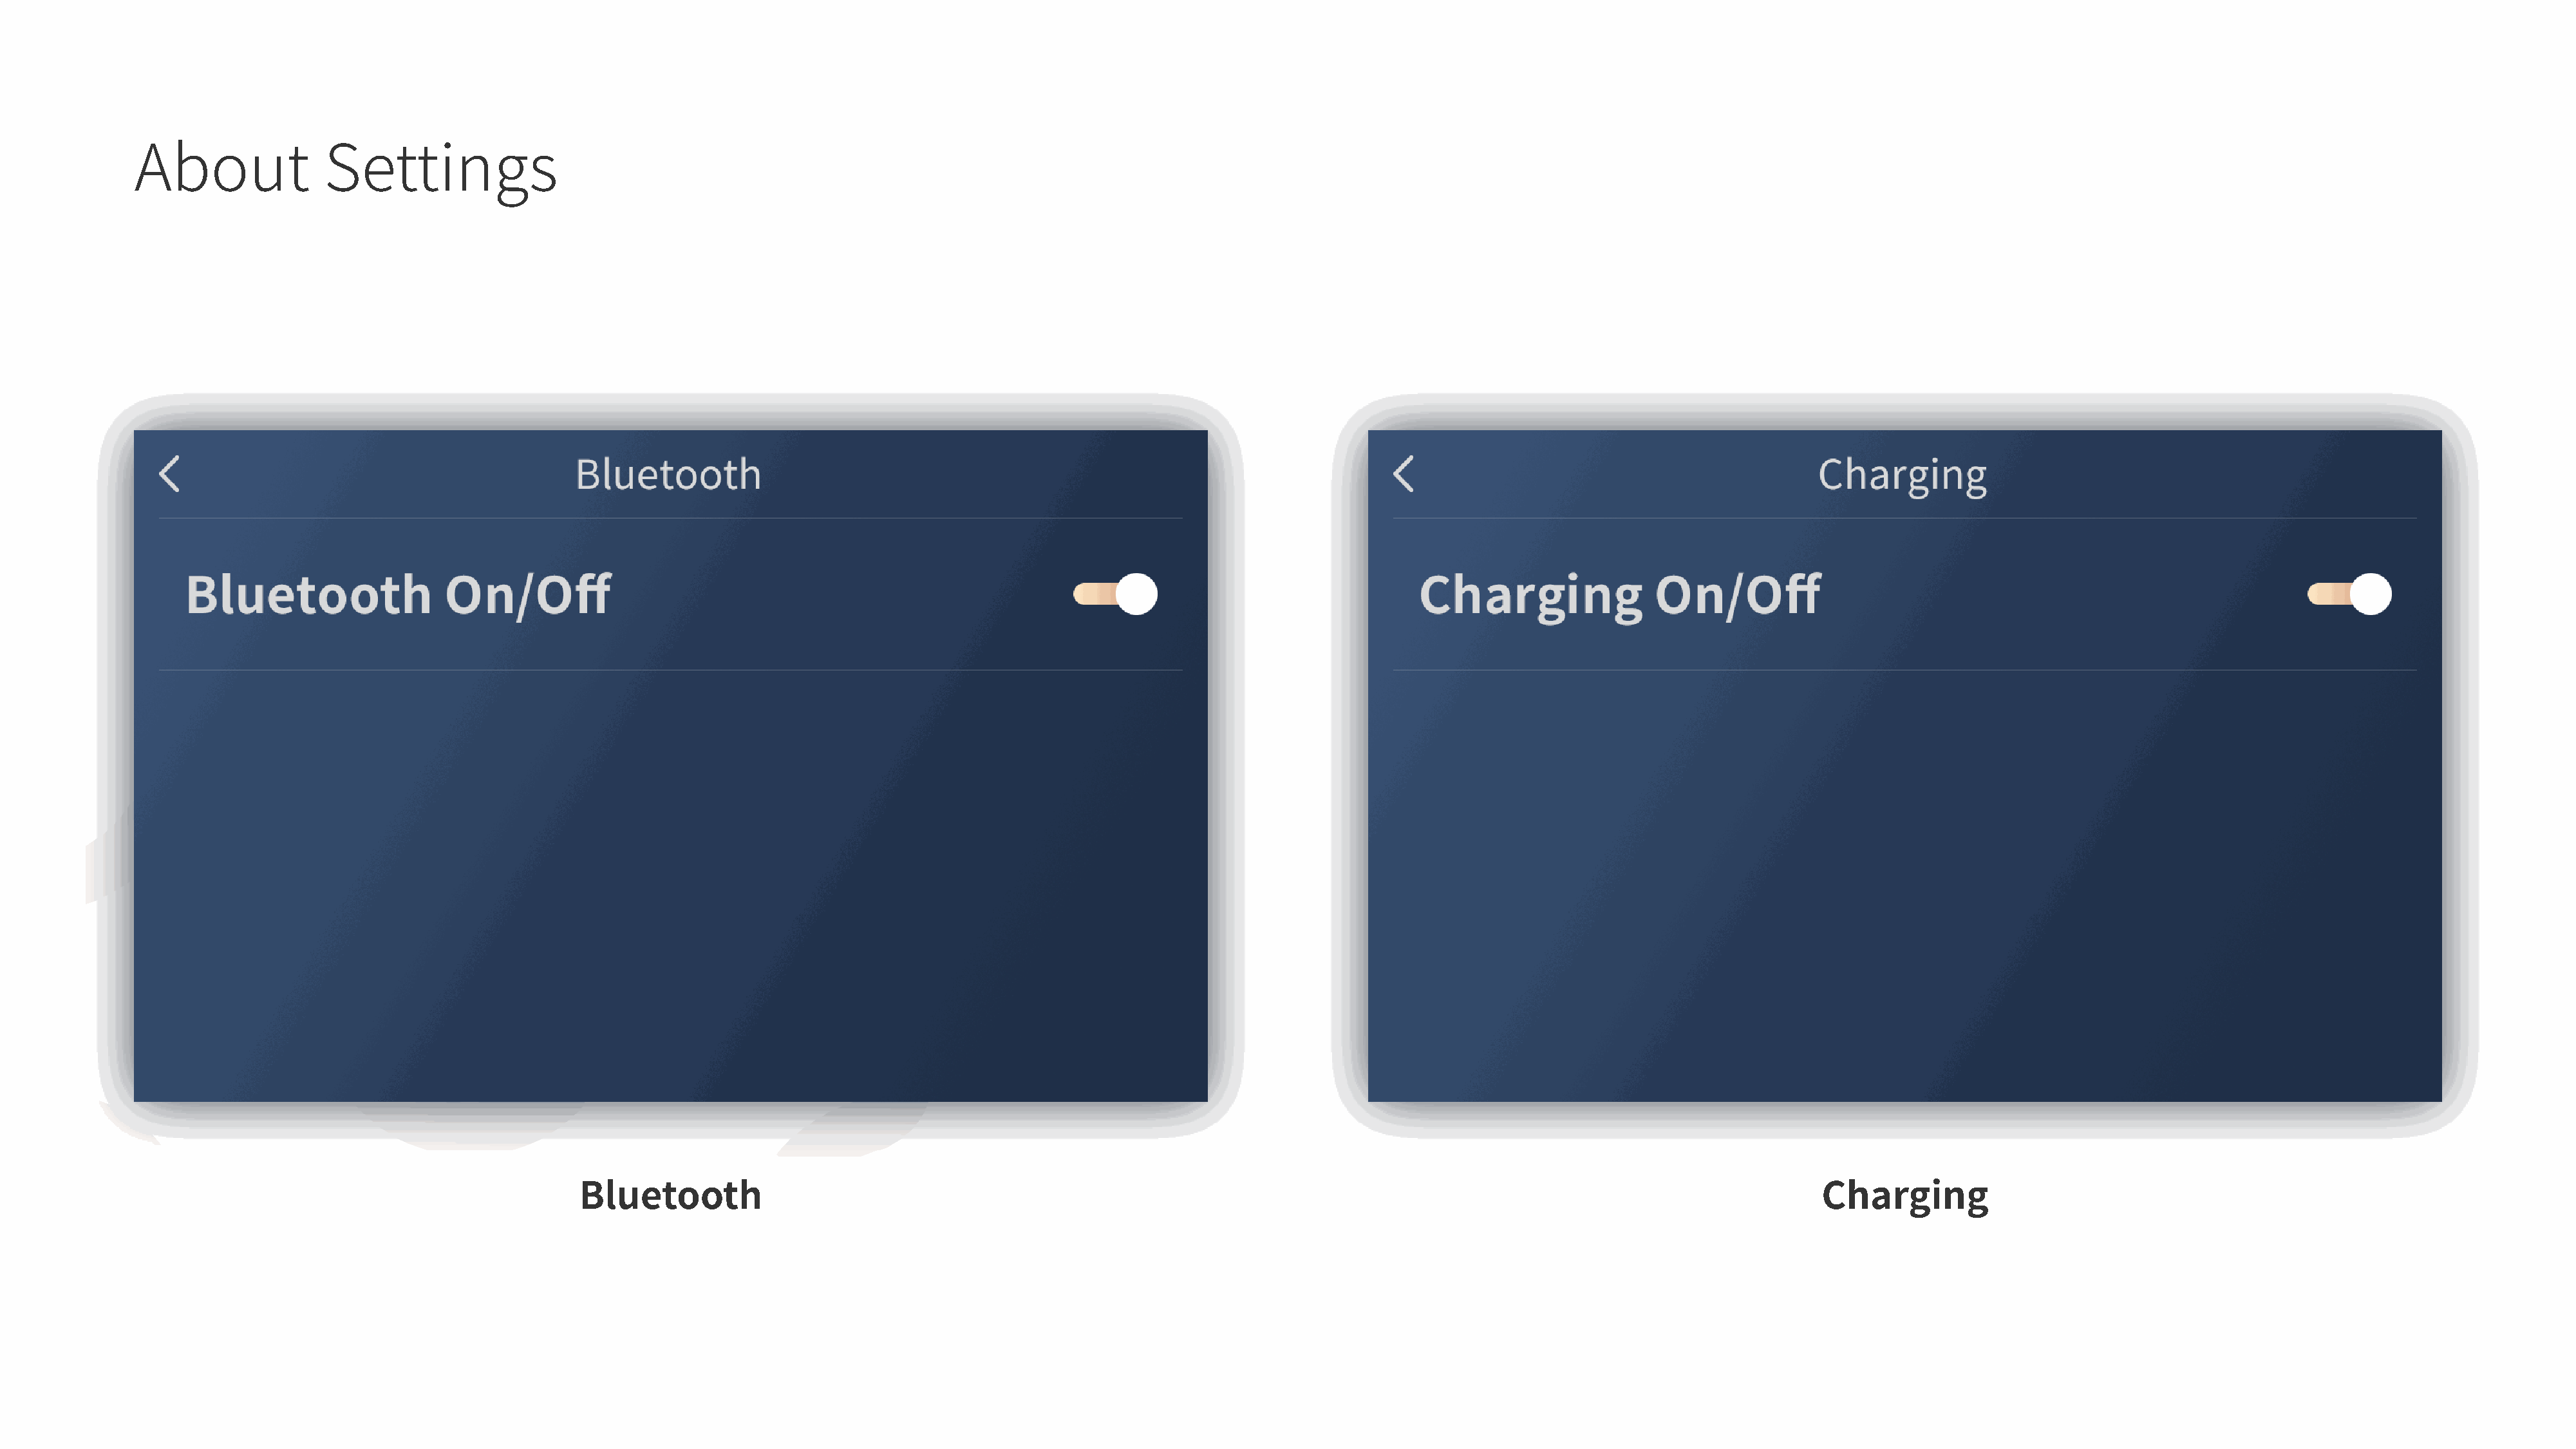
About              Settings
 Bluetooth                                                                                                                      Charging